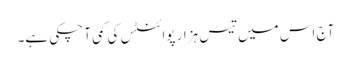
آج اس میں تیس ہزار پوائنٹس کی کمی آ چکی ہے۔